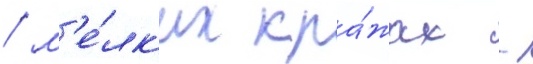
/ м'е́лк'их кра́жах -